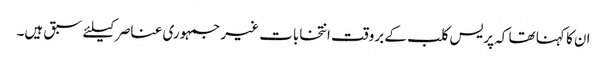
ان کا کہنا تھا کہ پریس کلب کے بروقت انتخابات غیر جمہوری عناصر کیلئے سبق ہیں۔